Civil Veterinary Department. Madras. Admin. report 1926-33 - 1926-1933
Year: 1926
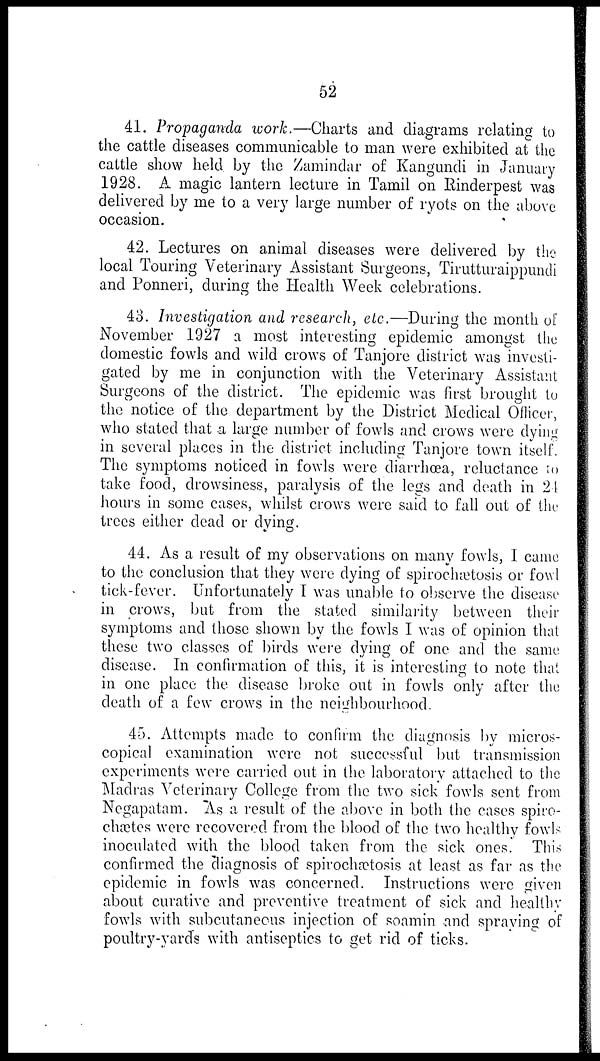
52
41. Propaganda work.—Charts and diagrams relating to
the cattle diseases communicable to man were exhibited at the
cattle show held by the Zamindar of Kangundi in January
1928. A magic lantern lecture in Tamil on Rinderpest was
delivered by me to a very large number of ryots on the above
occasion.
42. Lectures on animal diseases were delivered by the
local Touring Veterinary Assistant Surgeons, Tirutturaippundi
and Ponneri, during the Health Week celebrations.
43. Investigation and research, etc.—During the month of
November 1927 a most interesting epidemic amongst the
domestic fowls and wild crows of Tanjore district was investi-
gated by me in conjunction with the Veterinary Assistant
Surgeons of the district. The epidemic was first brought to
the notice of the department by the District Medical Officer,
who stated that a large number of fowls and crows were dying
in several places in the district including Tanjore town itself.
The symptoms noticed in fowls were diarrhœa, reluctance to
take food, drowsiness, paralysis of the legs and death in 24
hours in some cases, whilst crows were said to fall out of the
trees either dead or dying.
44. As a result of my observations on many fowls, I came
to the conclusion that they were dying of spirochætosis or fowl
tick-fever. Unfortunately I was unable to observe the disease
in crows, but from the stated similarity between their
symptoms and those shown by the fowls I was of opinion that
these two classes of birds were dying of one and the same
disease. In confirmation of this, it is interesting to note thai
in one place the disease broke out in fowls only after the
death of a few crows in the neighbourhood.
45. Attempts made to confirm the diagnosis by micros-
copical examination were not successful but transmission
experiments were carried out in the laboratory attached to the
Madras Veterinary College from the two sick fowls sent from
Negapatam. As a result of the above in both the cases spiro-
chetes were recovered from the blood of the two healthy fowls
inoculated with the blood taken from the sick ones. This
confirmed the diagnosis of spirochetosis at least as far as the
epidemic in fowls was concerned. Instructions were given
about curative and preventive treatment of sick and healthy
fowls with subcutaneous injection of soamin and spraying of
poultry-yards with antiseptics to get rid of ticks.